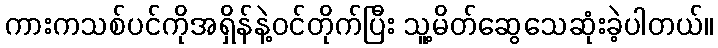
ကားကသစ်ပင်ကိုအရှိန်နဲ့ဝင်တိုက်ပြီး သူ့မိတ်ဆွေသေဆုံးခဲ့ပါတယ်။